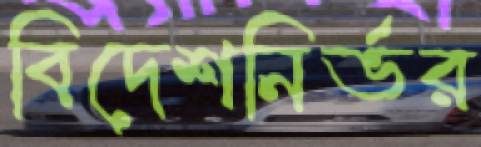
বিদেশনির্ভর